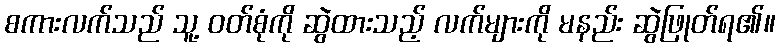
စကားလက်သည် သူ့ ဝတ်စုံကို ဆွဲထားသည့် လက်များကို မနည်း ဆွဲဖြုတ်ရ၏။